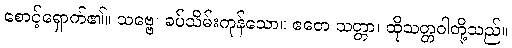
စောင့်ရှောက်၏။ သဗ္ဗေ၊ ခပ်သိမ်းကုန်သော။ ဧတေ သတ္တာ၊ ထိုသတ္တဝါတို့သည်။